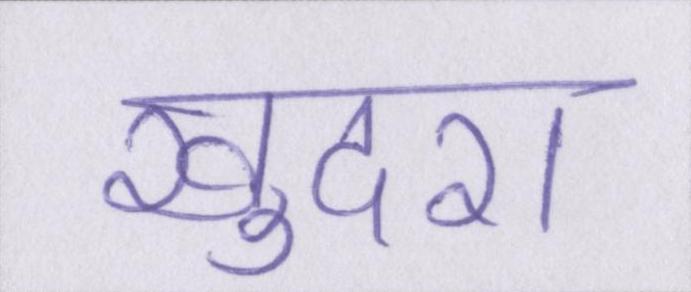
खुदरा